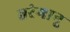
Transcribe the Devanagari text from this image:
तरंगानू